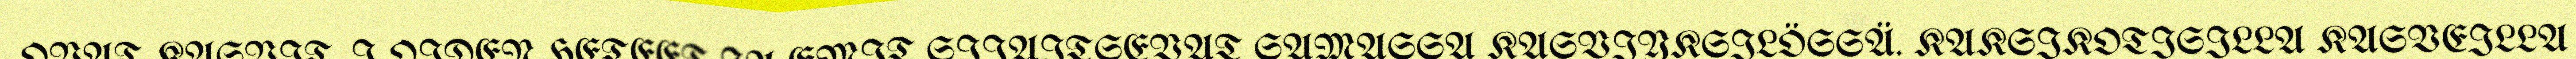
OVAT KASVIT, J OIDEN HETEET JA EMIT SIJAITSEVAT SAMASSA KASVIYKSILÖSSÄ. KAKSIKOTISILLA KASVEILLA